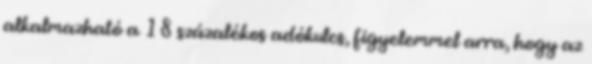
alkalmazható a 18 százalékos adókulcs, figyelemmel arra, hogy az